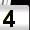
Digit: 4